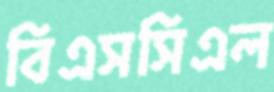
বিএসসিএল